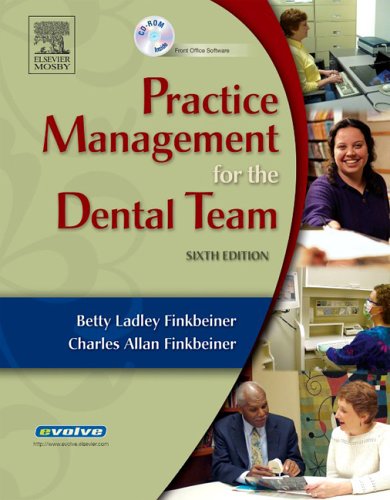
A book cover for Practice Management for the Dental Team, 6e; Betty Ladley Finkbeiner CDA Emeritus  RDA  BS  MS; Medical Books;